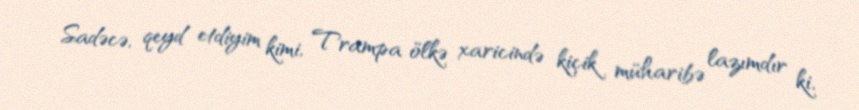
Sadəcə, qeyd etdiyim kimi, Trampa ölkə xaricində kiçik müharibə lazımdır ki,